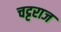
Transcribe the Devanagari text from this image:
चट्टराज